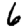
Digit: 6